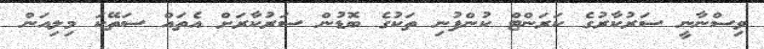
ވިސްނާނީ ސަރުކާރުގެ ކަރަންޓް ކުންފުނި ތަކުގެ ބޮޑުން ސަރުކާރަށް އެތައް ސަތޭކަ މިލިއަން